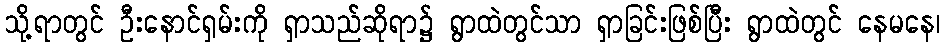
သို့ရာတွင် ဦးနောင်ရှမ်းကို ရှာသည်ဆိုရာ၌ ရွာထဲတွင်သာ ရှာခြင်းဖြစ်ပြီး ရွာထဲတွင် နေမနေ၊